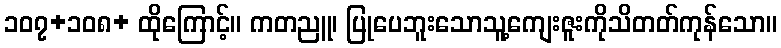
၁၀၇+၁၀၈+ ထိုကြောင့်။ ကတညူ၊ ပြုပေဘူးသောသူ့ကျေးဇူးကိုသိတတ်ကုန်သော။